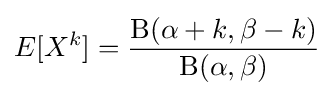
E[X^{k}]={\frac {\mathrm {B} (\alpha +k,\beta -k)}{\mathrm {B} (\alpha ,\beta )}}